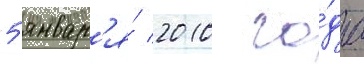
5 январ'я́ 2010 го́да